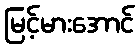
မြင့်မားအောင်